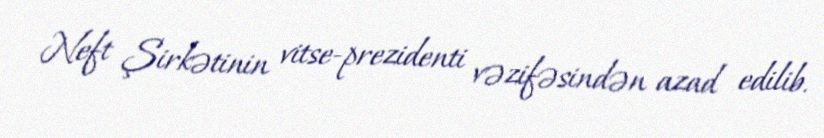
Neft Şirkətinin vitse-prezidenti vəzifəsindən azad edilib.